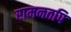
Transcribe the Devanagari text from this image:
रामनतपि